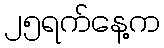
၂၅ရက်နေ့က